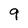
Character: 9